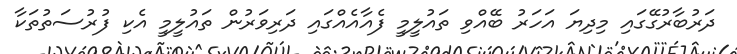
ދަރުބާރުގޭގައި މިދިޔަ އަހަރު ބޭއްވި ތައުލީމީ ފެއާއެއްގައި ދަރިވަރުން ތައުލީމީ އެކި ފުރުސަތުތަކާ